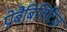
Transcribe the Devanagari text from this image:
प्रोबैबिलिटिज़